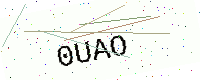
Text: 0UAO